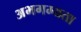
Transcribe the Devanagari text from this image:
अभगम्यता